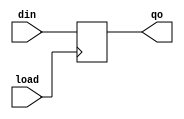
module latch_16(qo,din,load);
output[15:0] qo;
input[15:0] din;
input load;
reg[15:0] qo;

always @(posedge load)
begin  qo=din;  end

endmodule